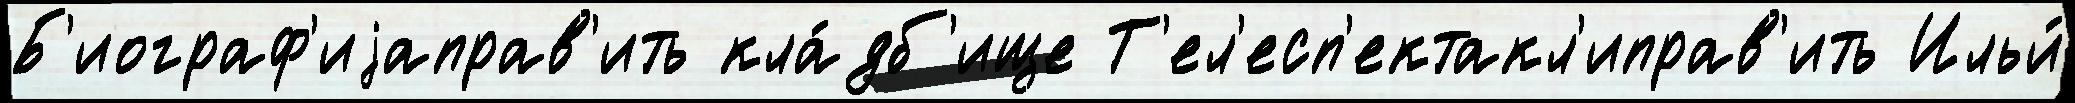
Б'иограф'иjаправ'ить кла́дб'ище Т'ел'есп'ектакл'иправ'ить Ильи́